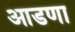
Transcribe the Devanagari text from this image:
आडणा